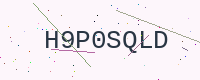
Text: H9P0SQLD